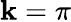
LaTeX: \mathbf{k}=\pi